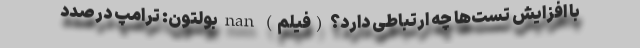
با افزایش تست‌ها چه ارتباطی دارد؟ (فیلم) nan بولتون: ترامپ درصدد